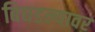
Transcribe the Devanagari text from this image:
बिघडल्यावर